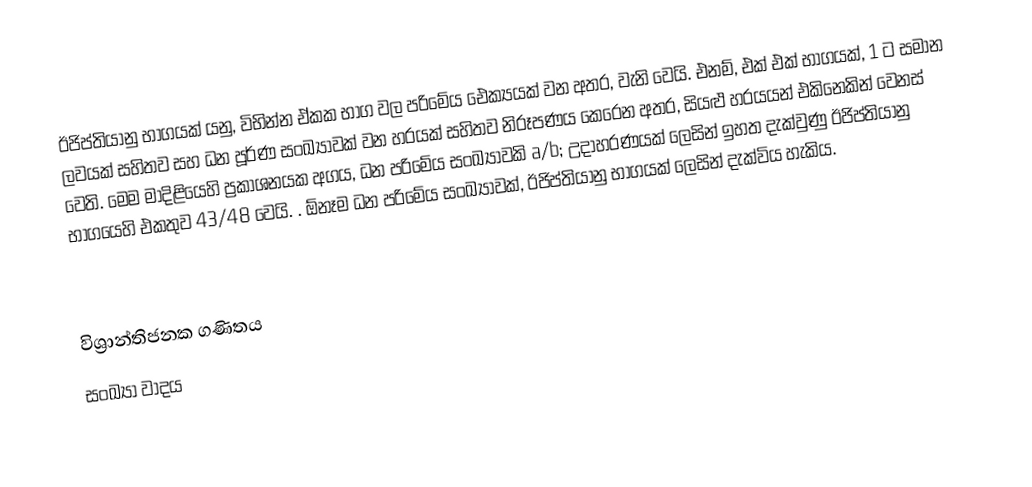
ඊජිප්තියානු භාගයක් යනු, විභින්න ඒකක භාග වල පරිමේය ඓක්‍යයක් වන අතර,   වැනි වෙයි. එනම්, එක් එක් භාගයක්, 1 ට සමාන  ලවයක් සහිතව සහ ධන පූර්ණ සංඛ්‍යාවක් වන හරයක් සහිතව නිරූපණය කෙරෙන අතර, සියළු හරයයන් එකිනෙකින් වෙනස් වෙති. මෙම මාදිළියෙහි ප්‍රකාශනයක අගය,  ධන  පරිමේය සංඛ්‍යාවකි a/b; උදාහරණයක් ලෙසින් ඉහත දැක්වුණු ඊජිප්තියානු භාගයෙහි එකතුව  43/48 වෙයි. . ඕනෑම ධන පරිමේය සංඛ්‍යාවක්, ඊජිප්තියානු භාගයක් ලෙසින් දැක්විය හැකිය.

විශ්‍රාන්තිජනක ගණිතය
සංඛ්‍යා වාදය